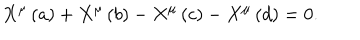
X ^ { \mu } \left( a \right) + X ^ { \mu } \left( b \right) - X ^ { \mu } \left( c \right) - X ^ { \mu } \left( d \right) = 0 .